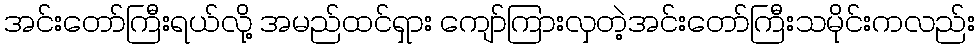
အင်းတော်ကြီးရယ်လို့ အမည်ထင်ရှား ကျော်ကြားလှတဲ့အင်းတော်ကြီးသမိုင်းကလည်း